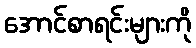
အောင်စာရင်းများကို